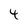
Character: 4